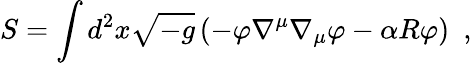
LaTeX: S=\int d^{2}x\sqrt{-g}\left(-\varphi\nabla^{\mu}\nabla_{\mu}\varphi-\alpha R\varphi\right)\, \, \, ,